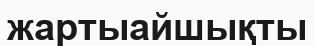
жартыайшықты